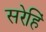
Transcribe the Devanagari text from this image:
सरेहिं